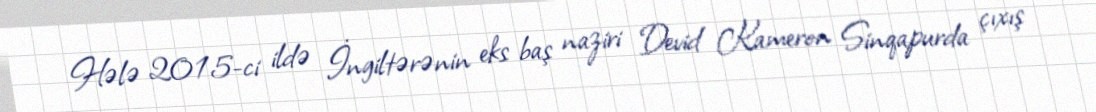
Hələ 2015-ci ildə İngiltərənin eks baş naziri Devid Kameron Sinqapurda çıxış